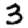
Digit: 3